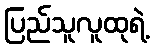
ပြည်သူလူထုရဲ့